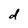
Character: d